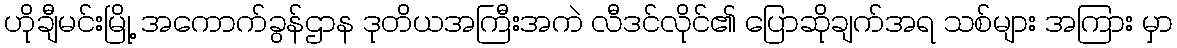
ဟိုချီမင်းမြို့ အကောက်ခွန်ဌာန ဒုတိယအကြီးအကဲ လီဒင်လိုင်၏ ပြောဆိုချက်အရ သစ်များ အကြား မှာ